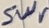
Text: Swr